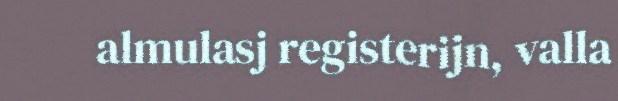
almulasj registerijn, valla